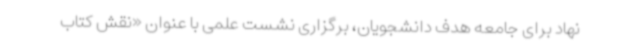
نهاد برای جامعه هدف دانشجویان، برگزاری نشست علمی با عنوان «نقش کتاب